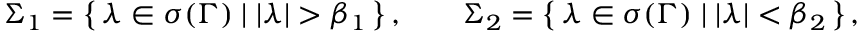
\Sigma _ { 1 } = \left\{ \, \lambda \in \sigma ( \Gamma ) \; \vert \; | \lambda | > \beta _ { 1 } \, \right\} , \qquad \Sigma _ { 2 } = \left\{ \, \lambda \in \sigma ( \Gamma ) \; \vert \; | \lambda | < \beta _ { 2 } \, \right\} ,